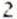
2